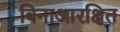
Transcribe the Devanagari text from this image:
बिनाआरक्षित